Medical and sanitary report of the native army of Madras for the year
Year: 1877
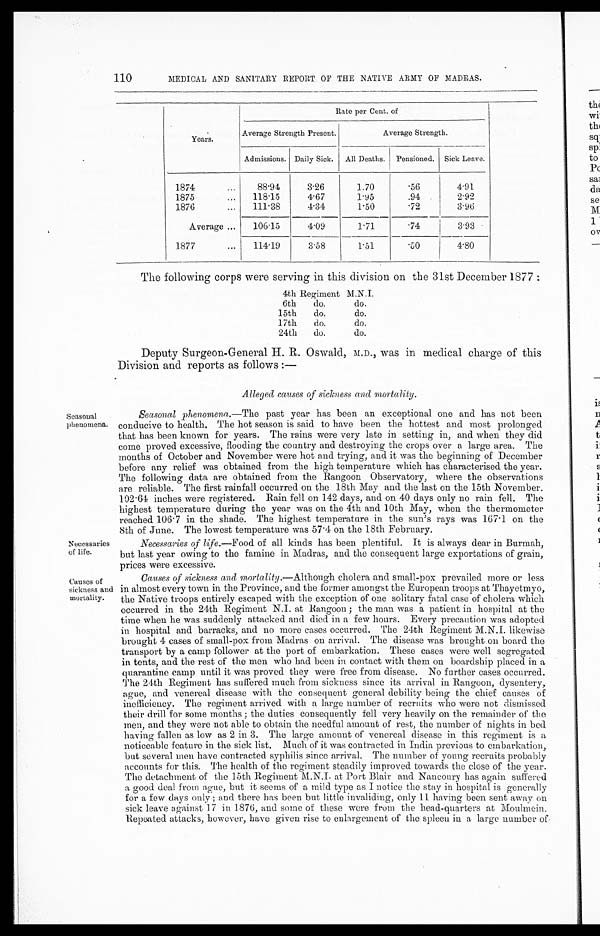
110
MEDICAL AND SANITARY REPORT OF THE NATIVE ARMY OF MADRAS.
Seasonal
phenomena.
Years.
Rate per Cent. of
Average Strength Present.
Average Strength.
Admissions. Daily Sick. All Deaths. Pensioned. Sick Leave.
1874
...
88.94
3.26
1.70
. 5 6
4.91
1875
...
118.15
4.67
1.95
.94
2.92
1876
...
111.38
4.34
1.50
.72
3.96
Average ...
106.15
4.09
1.71
. 7 4
3.93
1877
. . .
114.19
3.58
1.51
. 5 0
4.80
The following corps were serving in this division on the 31st December 1877 :
4th Regiment M.N.I.
6th
do.
do.
15th do.
do.
17th
do.
do.
24th do.
do.
Deputy Surgeon-General H. R. Oswald, M.D., was in medical charge of this
Division and reports as follows :—
Alleged causes of sickness and mortality.
Seasonal phenomena. —The past year has been an exceptional one and has not been
conducive to health. The hot season is said to have been the hottest and most prolonged
that has been known for years. The rains were very late in setting in, and when they did
come proved excessive, flooding the country and destroying the crops over a large area. The
months of October and November were hot and trying, and it was the beginning of December
before any relief was obtained from the high temperature which has characterised the year.
The following data are obtained from the Rangoon Observatory, where the observations
are reliable. The first rainfall occurred on the 18th May and the last on the 15th November.
102.64 inches were registered. Rain fell on 142 days, and on 40 days only no rain fell. The
highest temperature during the year was on the 4th and 10th May, when the thermometer
reached 106.7 in the shade. The highest temperature in the sun's rays was 167.1 on the
8th of June. The lowest temperature was 57.4 on the 18th February.
Necessaries
of life.
Causes of
sickness and
mortality.
Necessaries of life. —Food of all kinds has been plentiful. It is always dear in Burmah,
but last year owing to the famine in Madras, and the consequent large exportations of grain,
prices were excessive.
Causes of sickness and mortality.—Although cholera and small-pox prevailed more or less
in almost every town in the Province, and the former amongst the European troops at Thayetmyo,
the Native troops entirely escaped with the exception of one solitary fatal case of cholera which
occurred in the 24th Regiment N.I. at Rangoon ; the man was a patient in hospital at the
time when he was suddenly attacked and died in a few hours. Every precaution was adopted
in hospital and barracks, and no more cases occurred. The 24th Regiment M.N.I. likewise
brought 4 cases of small-pox from Madras on arrival. The disease was brought on board the
transport by a camp follower at the port of embarkation. These cases were well segregated
in tents, and the rest of the men who had been in contact with them on boardship placed in a
quarantine camp until it was proved they were free from disease. No further cases occurred.
The 24th Regiment has suffered much from sickness since its arrival in Rangoon, dysentery,
ague, and venereal disease with the consequent general debility being the chief causes of
inefficiency. The regiment arrived with a large number of recruits who were not dismissed
their drill for some months ; the duties consequently fell very heavily on the remainder of the
men, and they were not able to obtain the needful amount of rest, the number of nights in bed
having fallen as low as 2 in 3. The large amount of venereal disease in this regiment is a
noticeable feature in the sick list. Much of it was contracted in India previous to embarkation,
but several men have contracted syphilis since arrival. The number of young recruits probably
accounts for this. The health of time regiment steadily improved towards the close of the year.
The detachment of the 15th Regiment M. N. I. at Port Blair and Nancoury has again suffered
a good deal from ague, but it seems of a. mild type as I notice the stay in hospital is generally
for a few days only ; and there has been but little invaliding, only 11. having been sent away on
sick leave against 17 in 1876, and some of these were from the head-quarters at Moulmein.
Repeated attacks, however, have given rise to enlargement of the spleen in a large number of